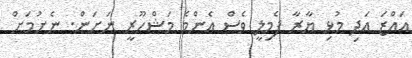
އައްޒަ އަދި މުޅި ޔާރާ ފެމިލީ ވެސް އެންމެ މަޝްހޫރީ ނަށަން. ނެށުމަށް